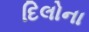
દિલોના